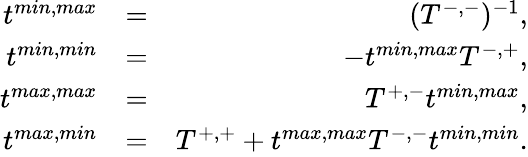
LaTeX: \begin{array}{rlr}{t^{min,max}}&{=}&{(T^{-,-})^{-1},}\\ {t^{min,min}}&{=}&{-t^{min,max}T^{-,+},}\\ {t^{max,max}}&{=}&{T^{+,-}t^{min,max},}\\ {t^{max,min}}&{=}&{T^{+,+}+t^{max,max}T^{-,-}t^{min,min}.}\end{array}